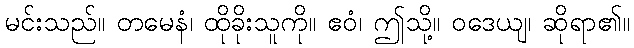
မင်းသည်။ တမေနံ၊ ထိုခိုးသူကို။ ဧဝံ၊ ဤသို့။ ဝဒေယျ၊ ဆိုရာ၏။